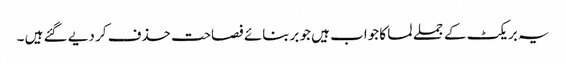
یہ بریکٹ کے جملے لما کا جواب ہیں جو بربنائے فصاحت حذف کر دیے گئے ہیں ۔